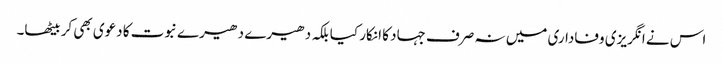
اس نے انگریزی وفاداری میں نہ صرف جہاد کا انکار کیا بلکہ دھیرے دھیرے نبوت کا دعوی بھی کر بیٹھا۔